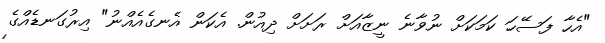
"އެހާ ފަސޭހަ ކަމަކަށް ނުވާނެ ނީޒާއަށް ރަށަށް ދިއުން. އެކަން އެނގެއެއްނު" އިރުގަނޑެއްގެ